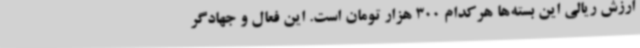
ارزش ریالی این بسته‌ها هرکدام 300 هزار تومان است. این فعال و جهادگر